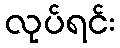
လုပ်ရင်း